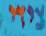
צידי